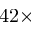
4 2 \times